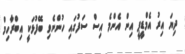
ދިޔަ އިރު އެމްޑީޕީ އިން އެންމެ އިސް ސަފުގައި ހުންނެވި ބޭފުޅަކީ އިބްރާހިމް